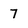
Character: 7